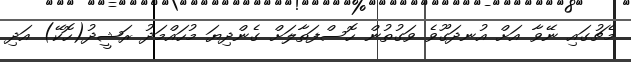
މެޗުގައި ނޭވާ އަށް އުނދަގޫވެ ވަގުތުން ހޮސްފަތާލަށް ގެންދިޔަ މުހައްމަދު ރަޝީދު(ހޮކޭ) އަދި